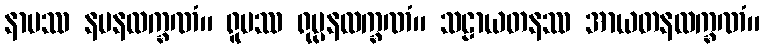
နာမဿ နမနလက္ခဏံ။ ရူပဿ ရုပ္ပနလက္ခဏံ။ သဠာယတနဿ အာယတနလက္ခဏံ။